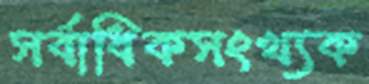
সর্বাধিকসংখ্যক